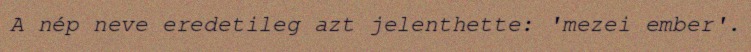
A nép neve eredetileg azt jelenthette: 'mezei ember'.